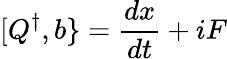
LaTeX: [Q^{\dagger},b\} ={\frac{dx}{dt}}+iF